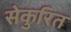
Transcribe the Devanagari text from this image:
सेकुरित